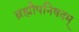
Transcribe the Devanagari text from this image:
ब्रह्मौपनिषदम्